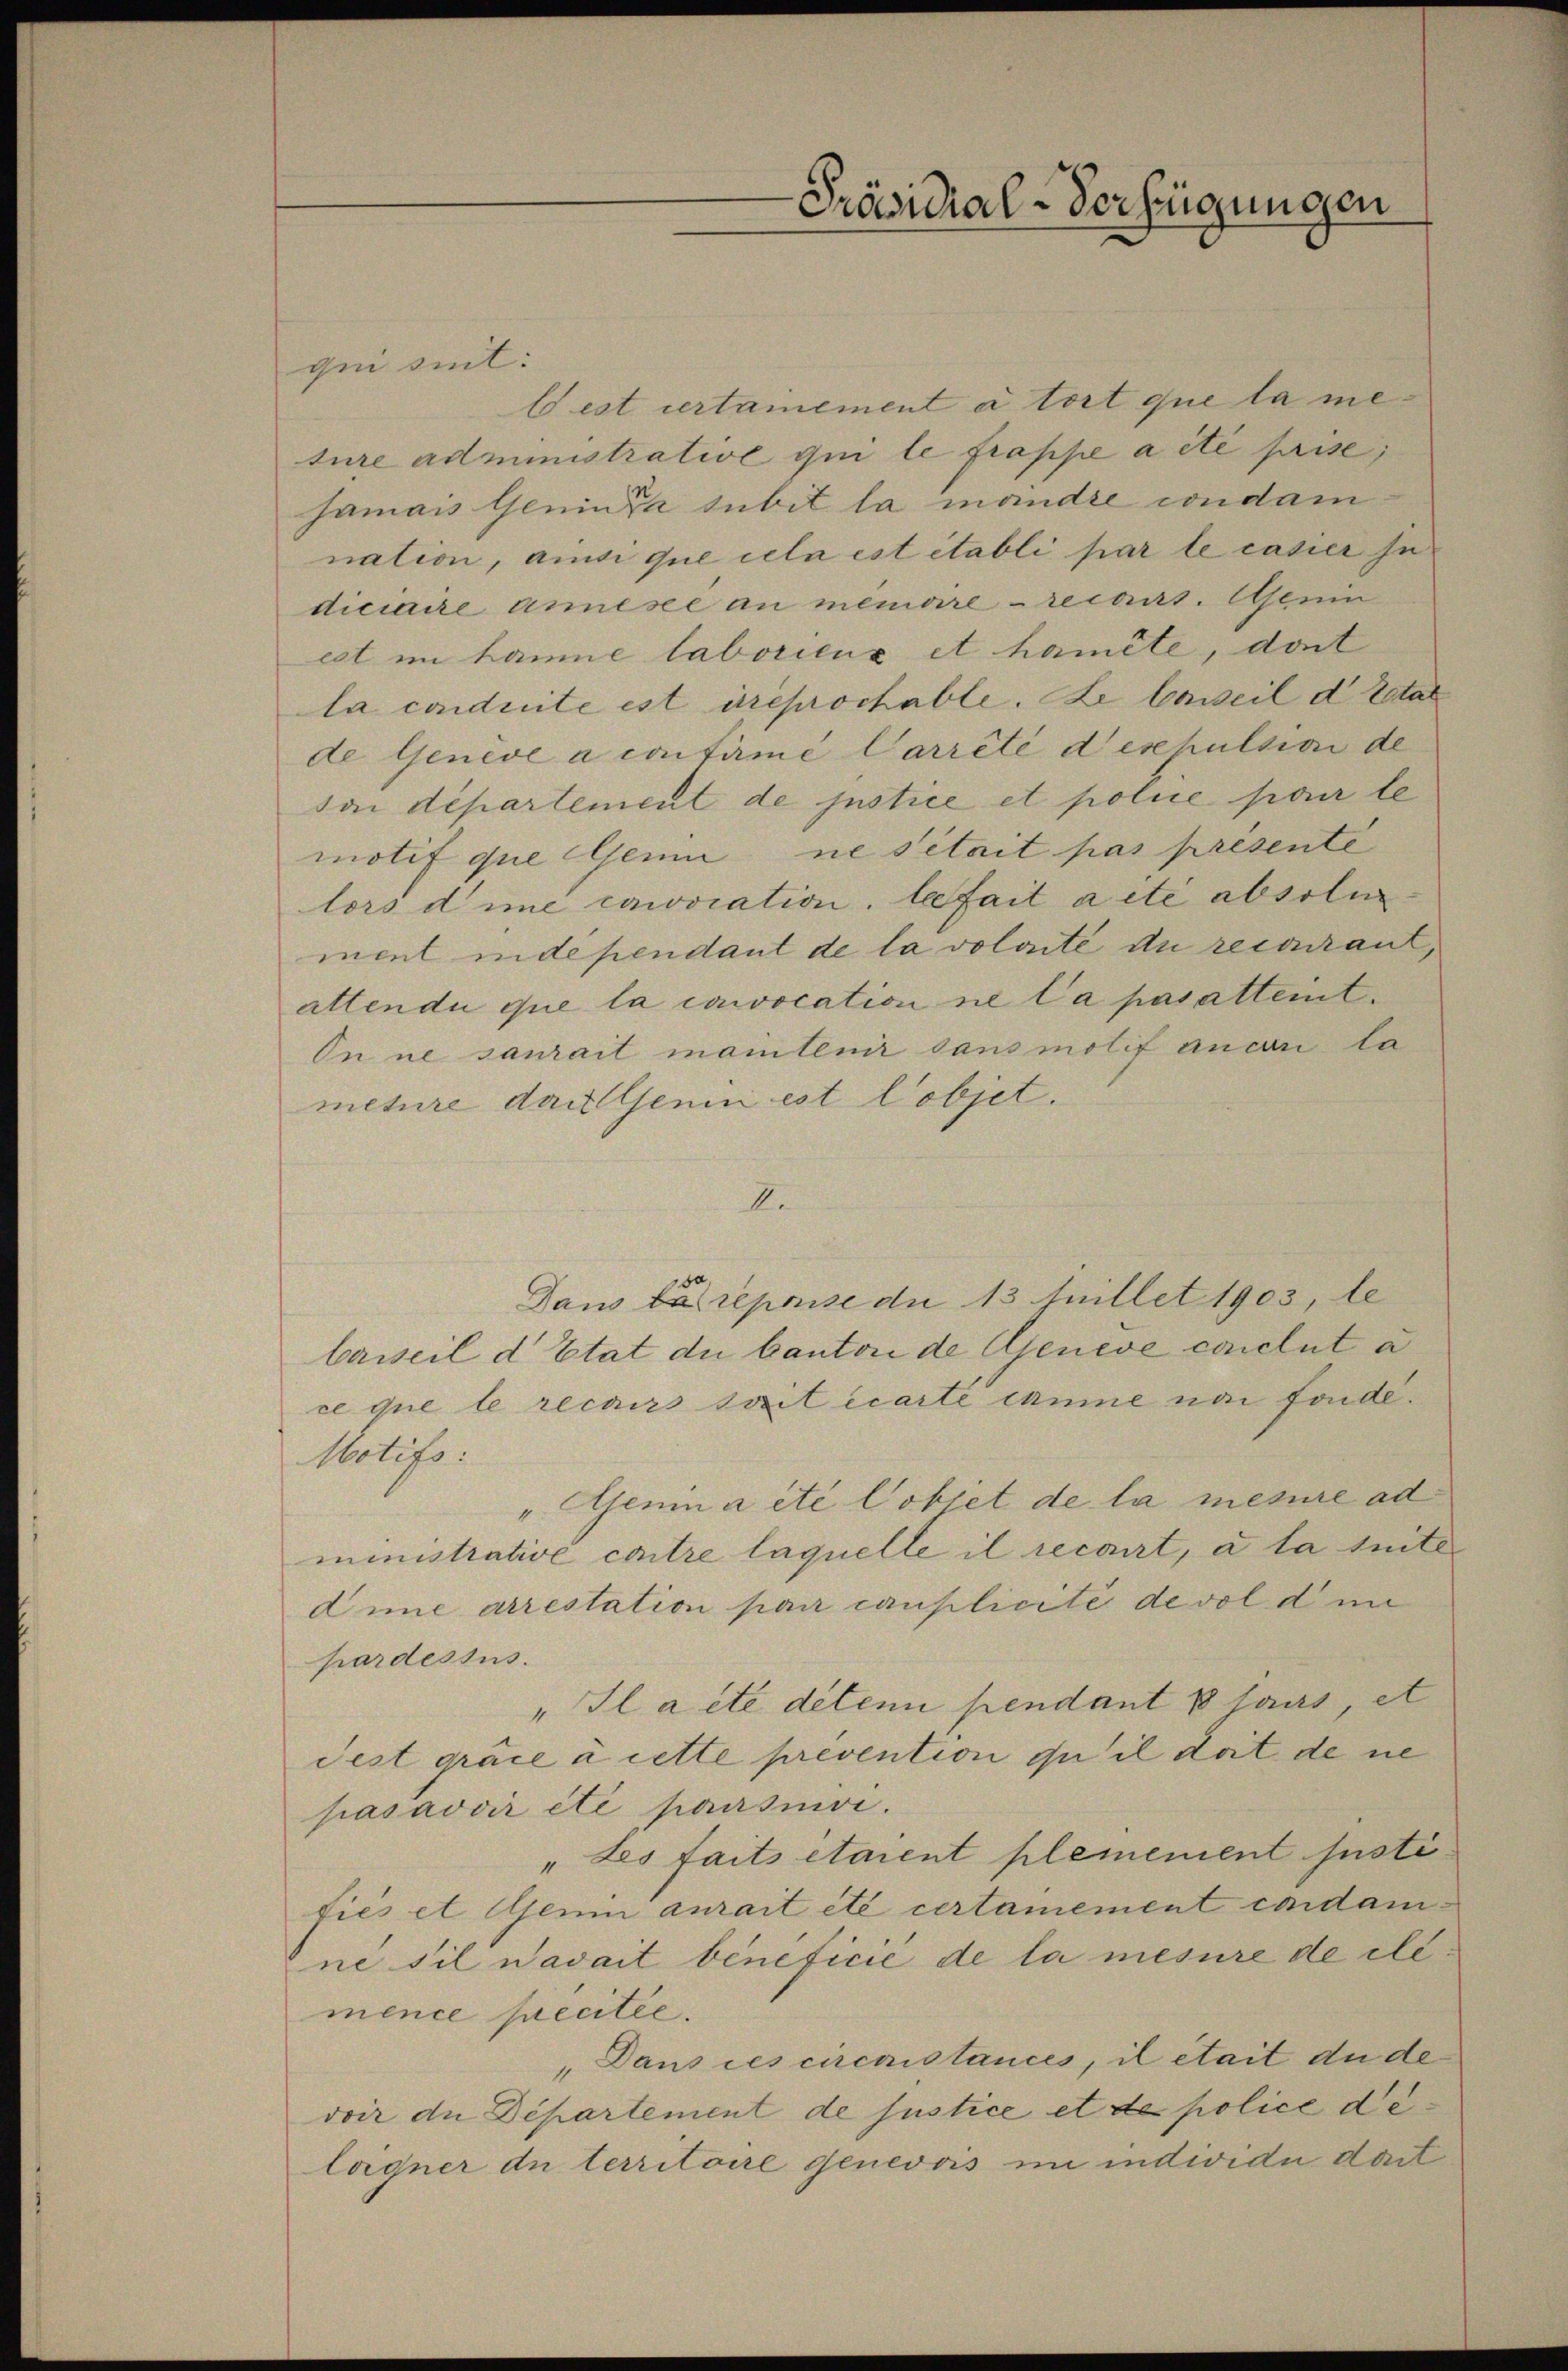
Präsidial-Verfügungen

qui sint:
l est certainement à tort que la meture administrative qui le frappe a été prise,
samais Genins subit la mandre condamnation, ansi que cela est établi par le casier je
diciaire asmesee an menicire - recours. Genin
cet im Laune laborienz et hamete, dort
la conduite est reprochable. Le beweil d Eta
de Geneve a confirme Carrêté deshulsion de
son departement de justice et police pour le
motif que lein ne sétait pas presente
lors die cavocation, befait aite absolument independant de la volonté du recourant,
attendu que la convocation ne la pasattent.
On ne saurait mantenir dans motif aner la
meture daillenin est Lobjet.
III.
Dans la repouse die 13 seillet 1903, le
baiseil d’Etat die bautori de Geneve conclut a
ce die le recours soit écarte imme nai fonde.
Motifs:
"Asenin a été Cobjet de la mesure ad
ministrative contre laquelle il recourt, a la seit
dine arrestation par cauplicité devol dem
pardessus.
„Il a été deten pendant phans, et
dest grace à cette prevention du il doit de ne
pasavoir été paisivi.
" Les faits étaient plemement justi
tiés et Geni aurait été certamement condam
ne sil Navait beneficie de la mesure de ele
mence fecitée.
Dans ces circuistances, il était du de
voir de Departement de justice et de police delagner de territoire Genevois in individu doit

f